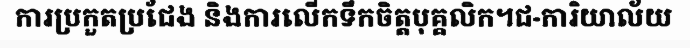
ការប្រកួតប្រជែង និងការលើកទឹកចិត្តបុគ្គលិក។ជ-ការិយាល័យ